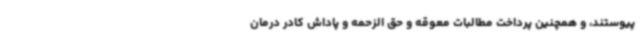
پیوستند، و همچنین پرداخت مطالبات معوقه و حق الزحمه و پاداش کادر درمان